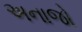
અનાજો